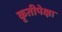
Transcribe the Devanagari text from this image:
कृतीपेक्षा